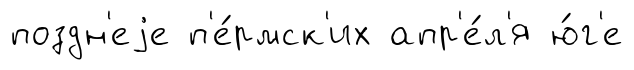
поздн'еjе п'е́рмск'их апр'е́л'я ю́г'е